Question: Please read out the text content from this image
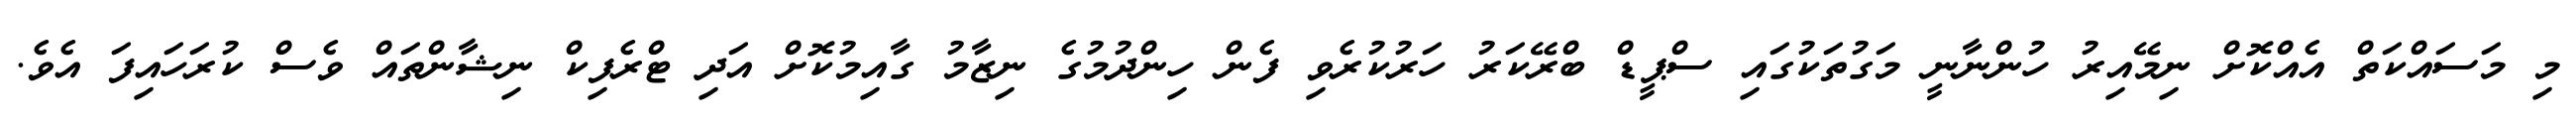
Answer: މި މަސައްކަތް އެއްކޮށް ނިމޭއިރު ހުންނާނީ މަގުތަކުގައި ސްޕީޑް ބްރޭކަރު ހަރުކުރެވި ފެން ހިންދުމުގެ ނިޒާމު ގާއިމުކޮށް އަދި ޓްރެފިކް ނިޝާންތައް ވެސް ކުރަހައިފަ އެވެ.